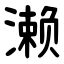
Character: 濑